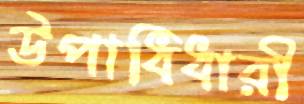
উপাধিধারী